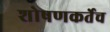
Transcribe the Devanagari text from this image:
शोषणकर्तेच